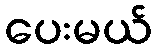
ပေးမယ်